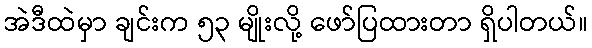
အဲဒီထဲမှာ ချင်းက ၅၃ မျိုးလို့ ဖော်ပြထားတာ ရှိပါတယ်။